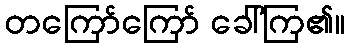
တကြော်ကြော် ခေါ်ကြ၏။